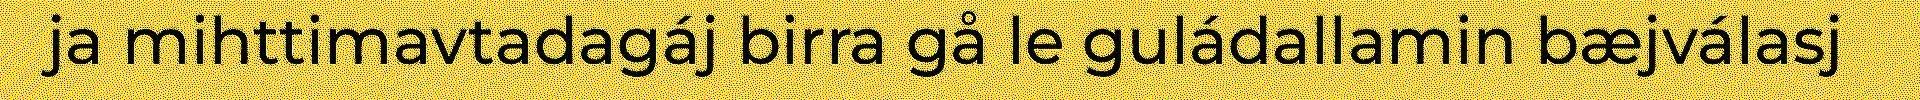
ja mihttimavtadagáj birra gå le guládallamin bæjválasj